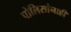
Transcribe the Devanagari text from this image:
पोलिसांनाही